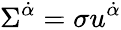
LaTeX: \Sigma^{\dot{\alpha}}=\sigma u^{\dot{\alpha}}